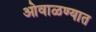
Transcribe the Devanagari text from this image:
ओवाळण्यात